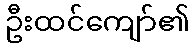
ဦးထင်ကျော်၏